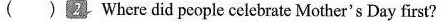
( ),Where did people celebrate Mother's Day first?